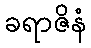
ခရာဇိနံ